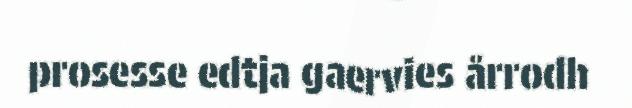
prosesse edtja gaervies årrodh